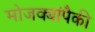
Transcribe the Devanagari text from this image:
मोजक्यांपैकी